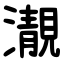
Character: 㵾